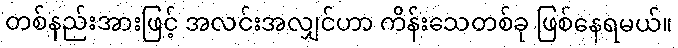
တစ်နည်းအားဖြင့် အလင်းအလျှင်ဟာ ကိန်းသေတစ်ခု ဖြစ်နေရမယ်။